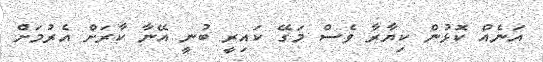
އަނެއް ކޮޅުން ކިޔާރާ ވެސް މަގޭ ކައިރީ ބުނީ އޭނާ ކާރަށް އެރުމަށް